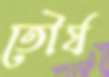
তৌর্য